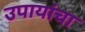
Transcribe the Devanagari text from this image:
उपायांचा